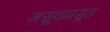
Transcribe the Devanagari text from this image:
असूयाप्रसूत